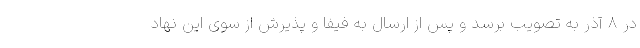
در 8 آذر به تصویب برسد و پس از ارسال به فیفا و پذیرش از سوی این نهاد